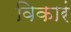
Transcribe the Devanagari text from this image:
विकारं